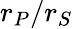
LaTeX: r_{P}/r_{S}